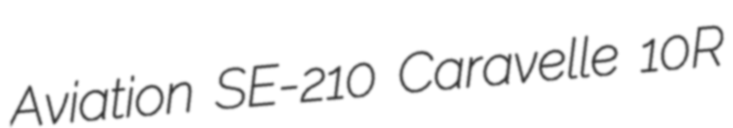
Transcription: Aviation SE-210 Caravelle 10R